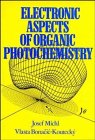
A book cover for Electronic Aspects of Organic Photochemistry; Josef Michl; Science & Math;